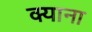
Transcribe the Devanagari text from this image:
क्याना